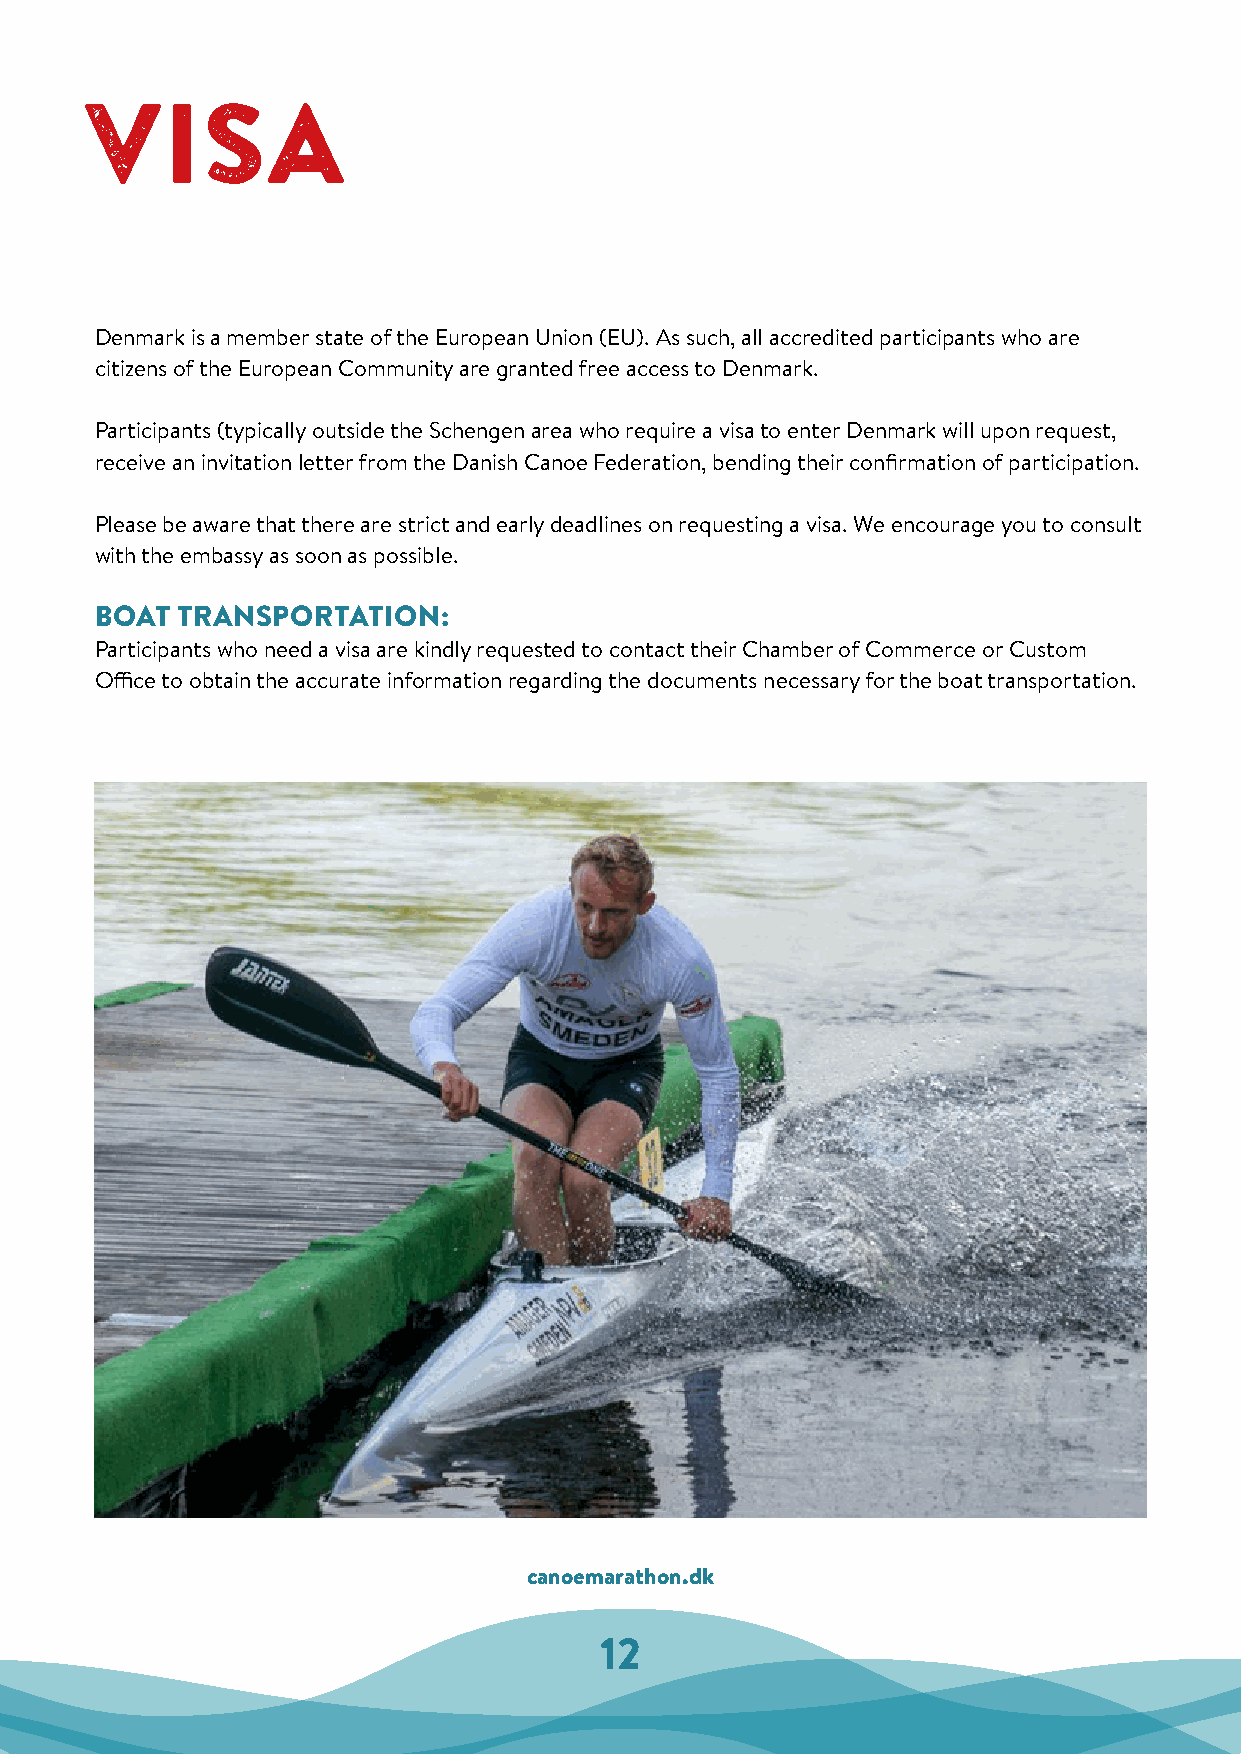
VISA
 Denmark is a member state of the European Union (EU). As such, all accredited participants who are
 citizens of the European Community are granted free access to Denmark.
 Participants (typically outside the Schengen area who require a visa to enter Denmark will upon request,
 receive an invitation letter from the Danish Canoe Federation, bending their confirmation of participation.
 Please be aware that there are strict and early deadlines on requesting a visa. We encourage you to consult
 with the embassy as soon as possible.
 BOAT  TRANSPORTATION:
 Participants who need a visa are kindly requested to contact their Chamber of Commerce or Custom
 Office to obtain the accurate information regarding the documents necessary for the boat transportation.
 canoemarathon.dk
 12